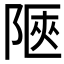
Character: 陿